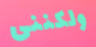
ولكننى